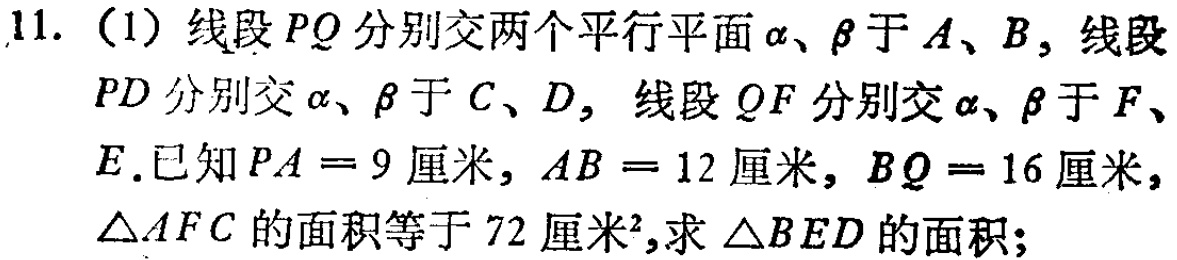
11.（1）线段\(PQ\)分别交两个平行平面\(\alpha\)、\(\beta\)于\(A\)、\(B\)，线段\(PD\)分别交\(\alpha\)、\(\beta\)于\(C\)、\(D\)，线段\(QF\)分别交\(\alpha\)、\(\beta\)于\(F\)、\(E\).已知\(PA = 9\)厘米，\(AB = 12\)厘米，\(BQ = 16\)厘米，\(\triangle AFC\)的面积等于\(72\)厘米\(^{2}\)，求\(\triangle BED\)的面积；